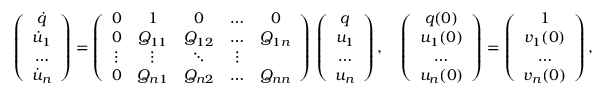
\left( \begin{array} { c } { \dot { q } } \\ { \dot { u } _ { 1 } } \\ { \dots } \\ { \dot { u } _ { n } } \end{array} \right) = \left( \begin{array} { c c c c c } { 0 } & { 1 } & { 0 } & { \ldots } & { 0 } \\ { 0 } & { Q _ { 1 1 } } & { Q _ { 1 2 } } & { \ldots } & { Q _ { 1 n } } \\ { \vdots } & { \vdots } & { \ddots } & { \vdots } \\ { 0 } & { Q _ { n 1 } } & { Q _ { n 2 } } & { \ldots } & { Q _ { n n } } \end{array} \right) \, \left( \begin{array} { c } { q } \\ { u _ { 1 } } \\ { \dots } \\ { u _ { n } } \end{array} \right) , \quad \left( \begin{array} { c } { q ( 0 ) } \\ { u _ { 1 } ( 0 ) } \\ { \dots } \\ { u _ { n } ( 0 ) } \end{array} \right) = \left( \begin{array} { c } { 1 } \\ { v _ { 1 } ( 0 ) } \\ { \dots } \\ { v _ { n } ( 0 ) } \end{array} \right) ,